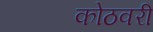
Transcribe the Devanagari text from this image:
कोठवरी